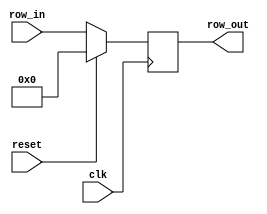
`timescale 1ns / 1ps

module RowCounter
    #(parameter INPUT_WIDTH = 8)
    (
	input [INPUT_WIDTH - 1:0] row_in, //input address 
	input clk,
    input reset,
	output reg [INPUT_WIDTH - 1:0] row_out //output the result
	);
	
	initial 
	begin
	   row_out <= 32'd0; //Sets it to 0 initially
	end
	
	always @ (posedge clk) begin//at the start of every clk cycle
        if (reset == 1) begin 
            row_out <= 0;
            end
        else begin 
            row_out <= row_in;
        end
        
    end
    
endmodule